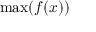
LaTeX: \operatorname* { m a x } ( f ( x ) )